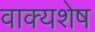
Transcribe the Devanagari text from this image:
वाक्यशेष